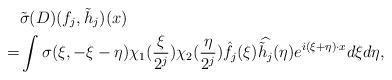
LaTeX: \begin{align*} & \tilde \sigma(D) (f_j, \tilde h_j )(x) \\ = &\int \sigma(\xi,-\xi-\eta) \chi_1(\frac{\xi} {2^j} ) \chi_2(\frac{\eta} {2^j} ) \hat{f_j}(\xi) \widehat{\tilde h_j} (\eta) e^{i (\xi +\eta) \cdot x} d\xi d\eta, \end{align*}